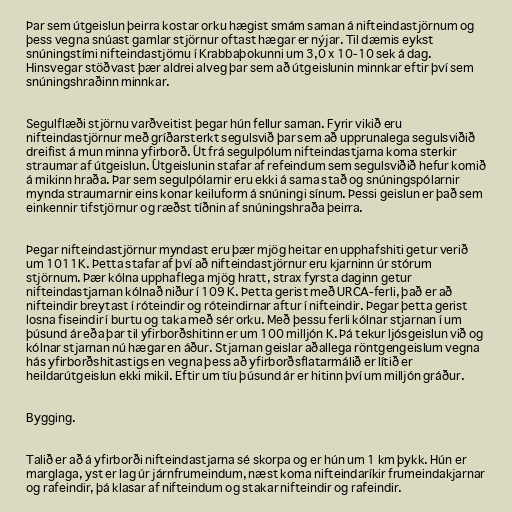
Þar sem útgeislun þeirra kostar orku hægist smám saman á nifteindastjörnum og
þess vegna snúast gamlar stjörnur oftast hægar er nýjar. Til dæmis eykst
snúningstími nifteindastjörnu í Krabbaþokunni um 3,0 x 10-10 sek á dag.
Hinsvegar stöðvast þær aldrei alveg þar sem að útgeislunin minnkar eftir því sem
snúningshraðinn minnkar.

Segulflæði stjörnu varðveitist þegar hún fellur saman. Fyrir vikið eru
nifteindastjörnur með gríðarsterkt segulsvið þar sem að upprunalega segulsviðið
dreifist á mun minna yfirborð. Út frá segulpólum nifteindastjarna koma sterkir
straumar af útgeislun. Útgeislunin stafar af refeindum sem segulsviðið hefur komið
á mikinn hraða. Þar sem segulpólarnir eru ekki á sama stað og snúningspólarnir
mynda straumarnir eins konar keiluform á snúningi sínum. Þessi geislun er það sem
einkennir tifstjörnur og ræðst tíðnin af snúningshraða þeirra.

Þegar nifteindastjörnur myndast eru þær mjög heitar en upphafshiti getur verið
um 1011K. Þetta stafar af því að nifteindastjörnur eru kjarninn úr stórum
stjörnum. Þær kólna upphaflega mjög hratt, strax fyrsta daginn getur
nifteindastjarnan kólnað niður í 109 K. Þetta gerist með URCA-ferli, það er að
nifteindir breytast í róteindir og róteindirnar aftur í nifteindir. Þegar þetta gerist
losna fiseindir í burtu og taka með sér orku. Með þessu ferli kólnar stjarnan í um
þúsund ár eða þar til yfirborðshitinn er um 100 milljón K. Þá tekur ljósgeislun við og
kólnar stjarnan nú hægar en áður. Stjarnan geislar aðallega röntgengeislum vegna
hás yfirborðshitastigs en vegna þess að yfirborðsflatarmálið er lítið er
heildarútgeislun ekki mikil. Eftir um tíu þúsund ár er hitinn því um milljón gráður.

Bygging.

Talið er að á yfirborði nifteindastjarna sé skorpa og er hún um 1 km þykk. Hún er
marglaga, yst er lag úr járnfrumeindum, næst koma nifteindaríkir frumeindakjarnar
og rafeindir, þá klasar af nifteindum og stakar nifteindir og rafeindir.